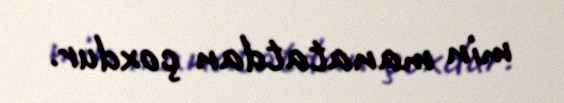
min manatatdan çoxdur.